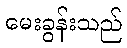
မေးခွန်းသည်